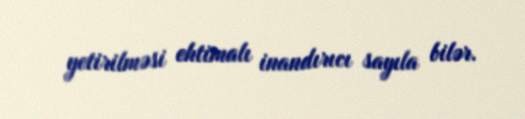
yetirilməsi ehtimalı inandırıcı sayıla bilər.